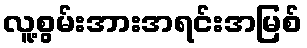
လူ့စွမ်းအားအရင်းအမြစ်